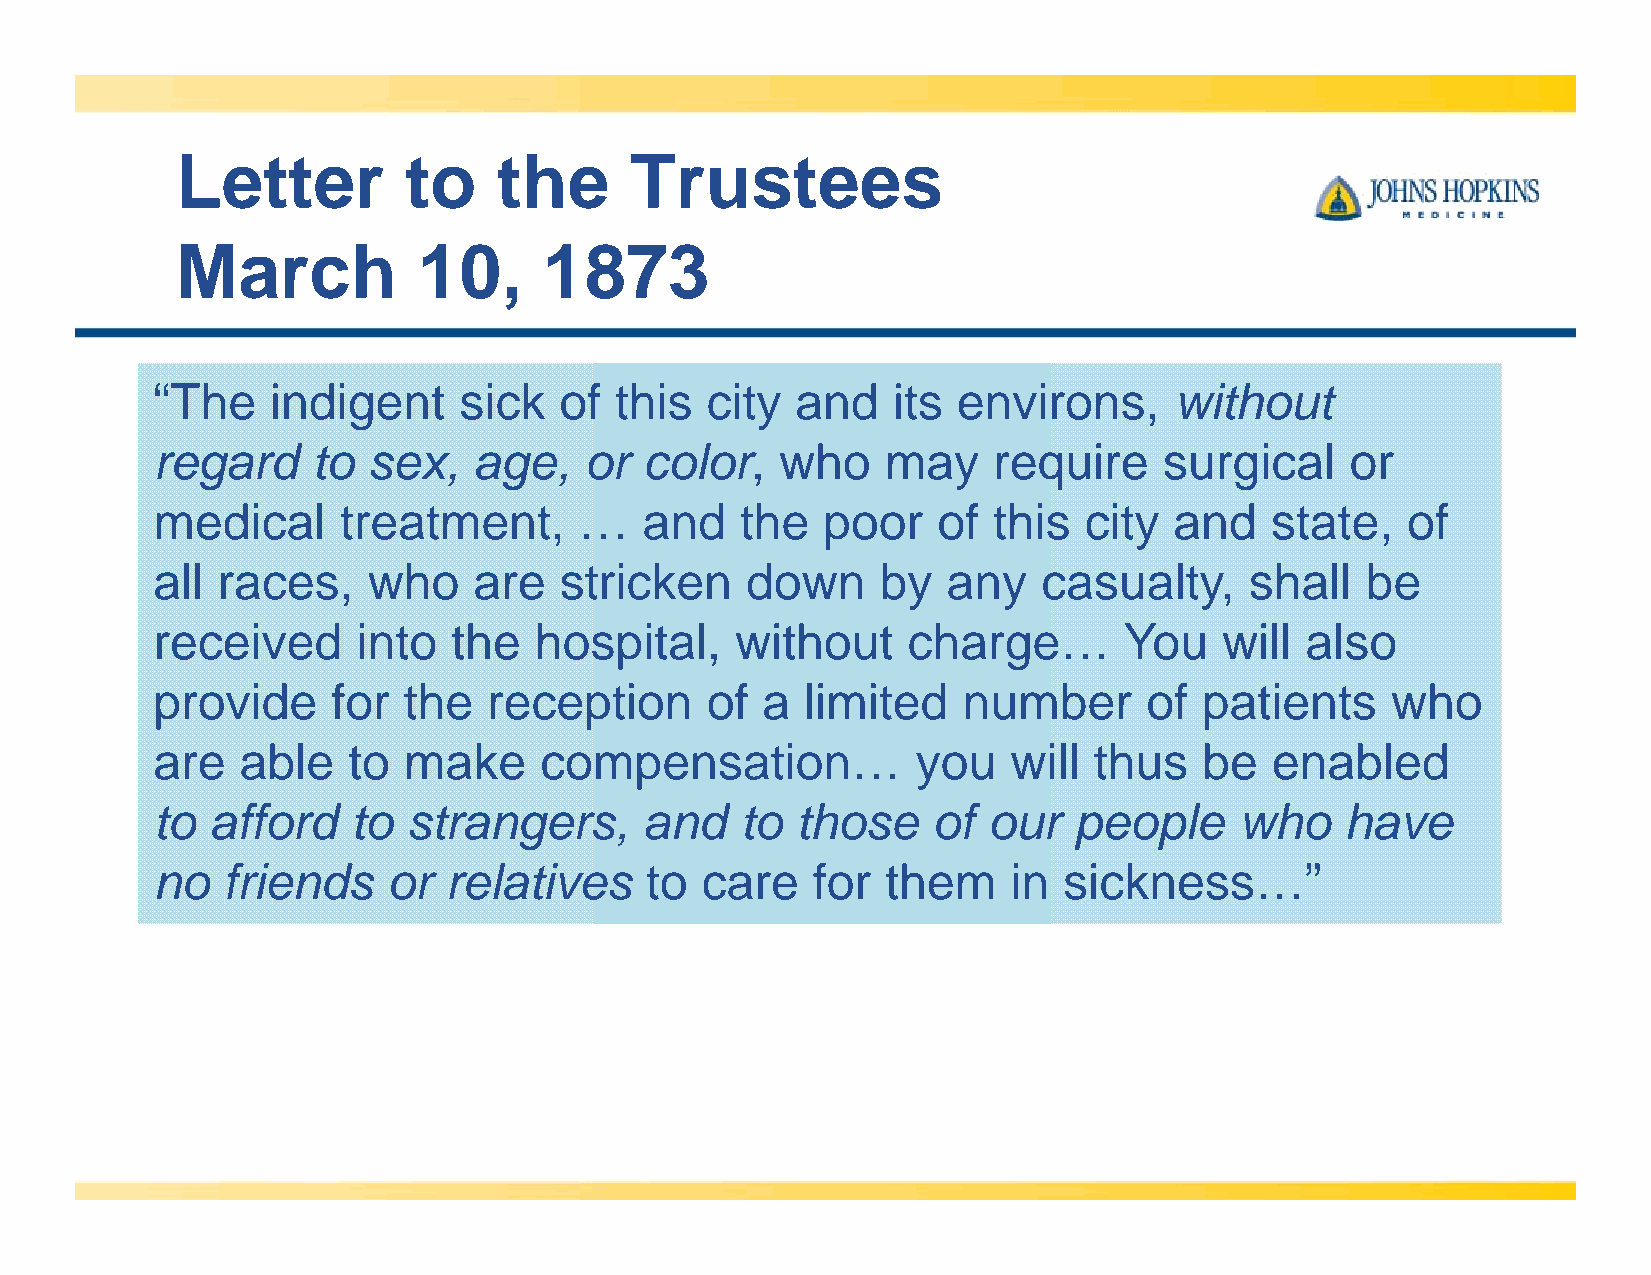
Letter         to    the      Trustees
 March           10,     1873
 “The    indigent    sick   of  this  city  and   its environs,      without
 regard     to sex,   age,    or  color,   who    may    require    surgical    or
 medical     treatment,      …    and   the  poor    of  this  city  and   state,   of
 all races,    who    are   stricken    down     by   any   casualty,     shall  be
 received      into  the  hospital,     without    charge…       You    will also
 provide     for  the  reception      of a  limited    number      of  patients    who
 are   able   to  make     compensation…            you   will thus    be  enabled
 to  afford   to  strangers,      and   to  those    of our   people     who    have
 no   friends    or relatives     to care    for  them    in sickness…”